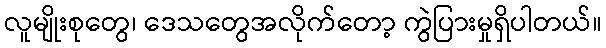
လူမျိုးစုတွေ၊ ဒေသတွေအလိုက်တော့ ကွဲပြားမှုရှိပါတယ်။